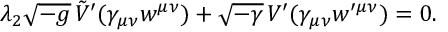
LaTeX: \lambda _ { 2 } \sqrt { - g } \, \tilde { V } ^ { \prime } ( \gamma _ { \mu \nu } w ^ { \mu \nu } ) + \sqrt { - \gamma } \, V ^ { \prime } ( \gamma _ { \mu \nu } w ^ { \prime \mu \nu } ) = 0 .